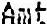
AMT